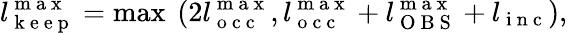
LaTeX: l_{\mathrm{~k~e~e~p~}}^{\mathrm{~m~a~x~}}=\operatorname*{max}\ (2l_{\mathrm{~o~c~c~}}^{\mathrm{~m~a~x~}},l_{\mathrm{~o~c~c~}}^{\mathrm{~m~a~x~}}+l_{\mathrm{~O~B~S~}}^{\mathrm{~m~a~x~}}+l_{\mathrm{~i~n~c~}}),